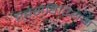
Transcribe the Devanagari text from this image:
एबेसेडिरियम